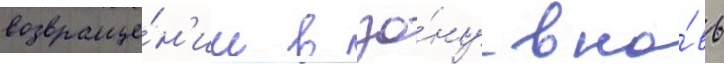
возвраще́н'ии в зо́ну вно́вь